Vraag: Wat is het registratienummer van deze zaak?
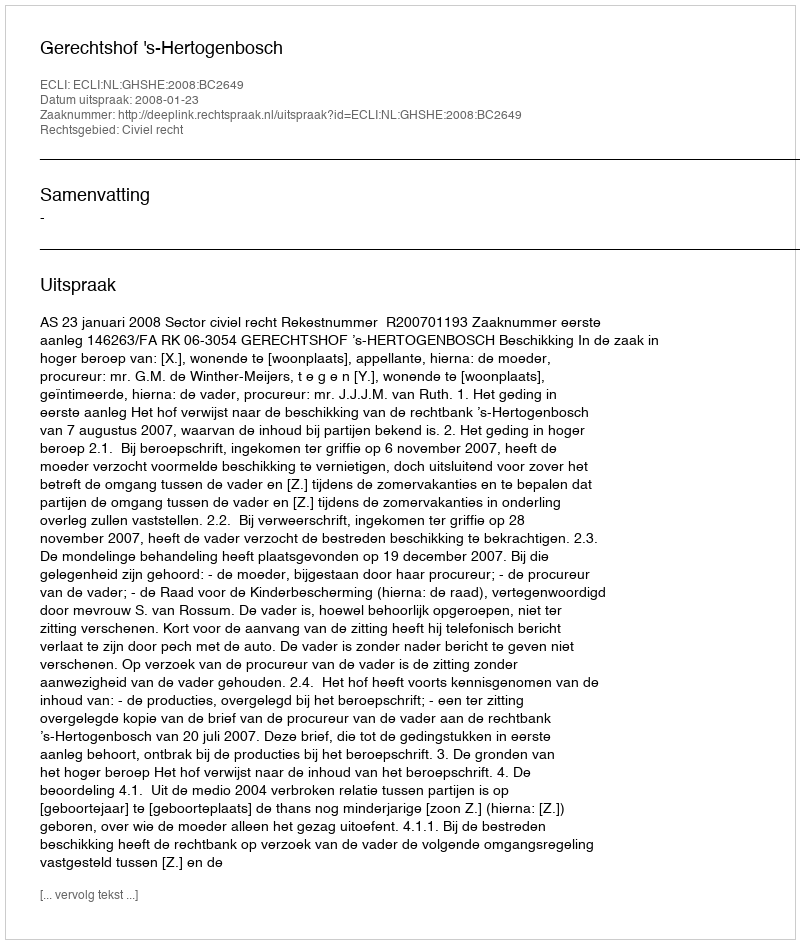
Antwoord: http://deeplink.rechtspraak.nl/uitspraak?id=ECLI:NL:GHSHE:2008:BC2649